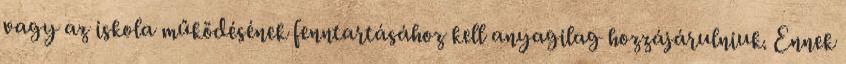
vagy az iskola működésének fenntartásához kell anyagilag hozzájárulniuk. Ennek